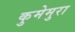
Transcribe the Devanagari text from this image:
कुमेमुरा